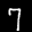
Label: 7